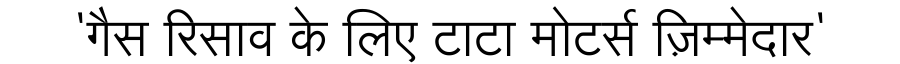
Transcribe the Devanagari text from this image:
'गैस रिसाव के लिए टाटा मोटर्स ज़िम्मेदार'